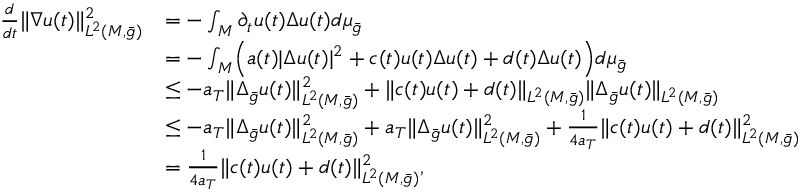
\begin{array} { r l } { \frac { d } { d t } \| \nabla u ( t ) \| _ { L ^ { 2 } ( M , \bar { g } ) } ^ { 2 } } & { = - \int _ { M } \partial _ { t } u ( t ) \Delta u ( t ) d \mu _ { \bar { g } } } \\ & { = - \int _ { M } \Bigl ( a ( t ) | \Delta u ( t ) | ^ { 2 } + c ( t ) u ( t ) \Delta u ( t ) + d ( t ) \Delta u ( t ) \Bigr ) d \mu _ { \bar { g } } } \\ & { \le - a _ { T } \| \Delta _ { \bar { g } } u ( t ) \| _ { L ^ { 2 } ( M , \bar { g } ) } ^ { 2 } + \| c ( t ) u ( t ) + d ( t ) \| _ { L ^ { 2 } ( M , \bar { g } ) } \| \Delta _ { \bar { g } } u ( t ) \| _ { L ^ { 2 } ( M , \bar { g } ) } } \\ & { \le - a _ { T } \| \Delta _ { \bar { g } } u ( t ) \| _ { L ^ { 2 } ( M , \bar { g } ) } ^ { 2 } + a _ { T } \| \Delta _ { \bar { g } } u ( t ) \| _ { L ^ { 2 } ( M , \bar { g } ) } ^ { 2 } + \frac { 1 } { 4 a _ { T } } \| c ( t ) u ( t ) + d ( t ) \| _ { L ^ { 2 } ( M , \bar { g } ) } ^ { 2 } } \\ & { = \frac { 1 } { 4 a _ { T } } \| c ( t ) u ( t ) + d ( t ) \| _ { L ^ { 2 } ( M , \bar { g } ) } ^ { 2 } , } \end{array}